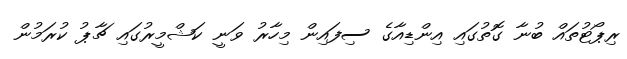
ރިޕޯޓުތައް ބުނާ ގޮތުގައި އިންޑިއާގެ ސިފައިން މިހާރު ވަނީ ކަޝްމީރުގައި ޗާޕު ކުރަމުން